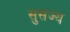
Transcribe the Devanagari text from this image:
सुसज्य